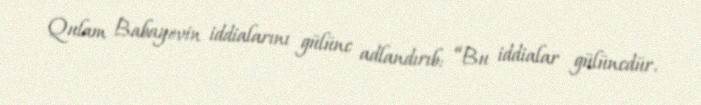
Qulam Babayevin iddialarını gülünc adlandırıb: “Bu iddialar gülüncdür.